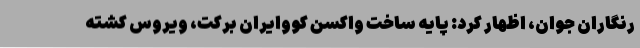
رنگاران جوان، اظهار کرد: پایه ساخت واکسن کووایران برکت، ویروس کشته